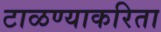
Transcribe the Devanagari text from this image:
टाळण्याकरिता